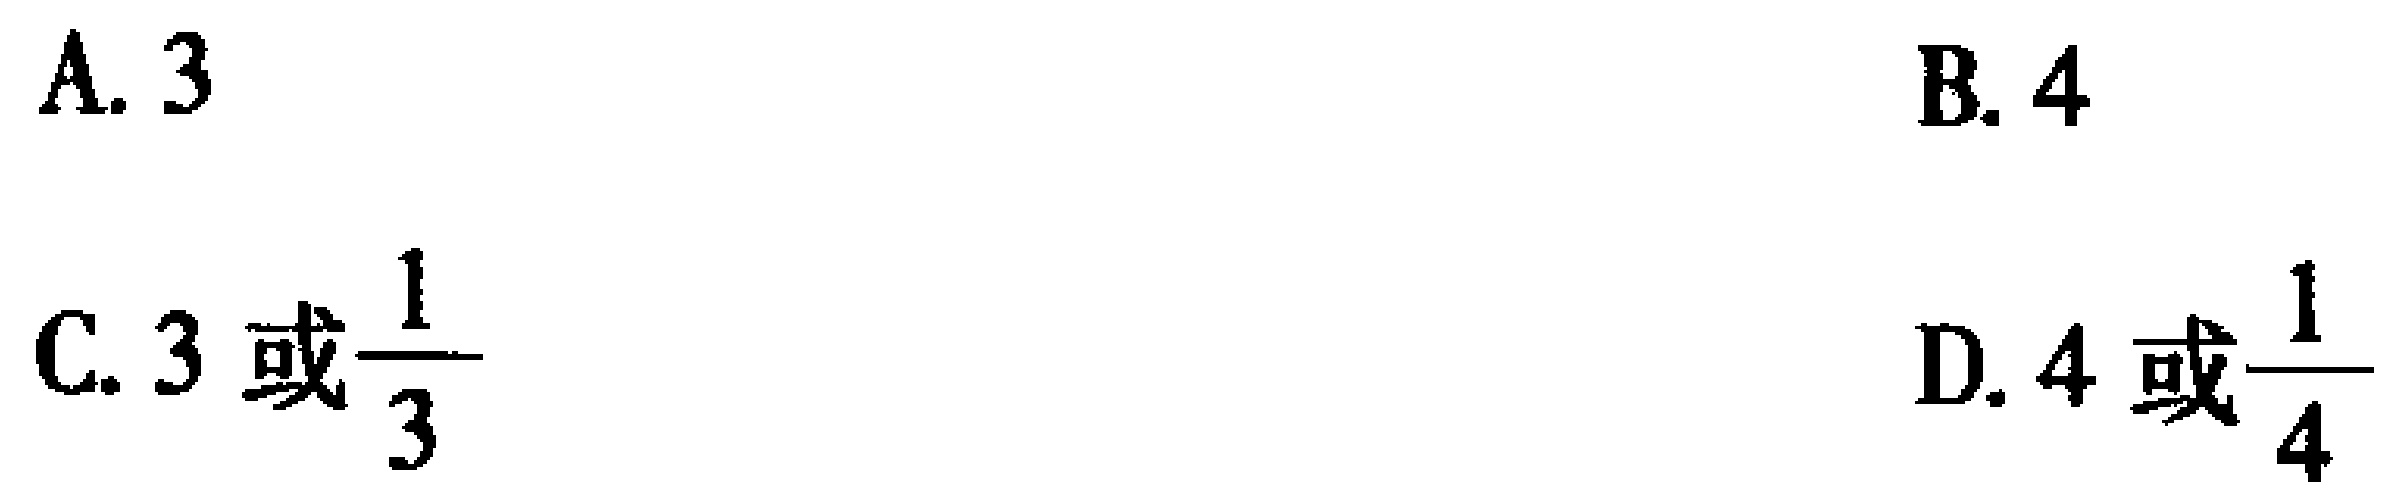
A. \(3\)

B. \(4\)

C. \(3\) 或 \(\frac{1}{3}\)

D. \(4\) 或 \(\frac{1}{4}\)